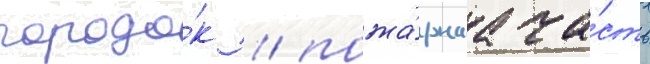
городо́к / пожа́рнаа ча́сть